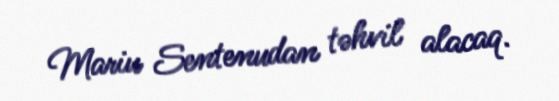
Mariu Sentenudan təhvil alacaq.